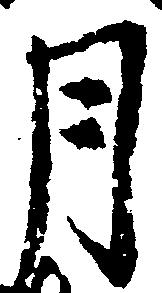
月